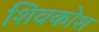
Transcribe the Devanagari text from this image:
शिवकोश